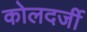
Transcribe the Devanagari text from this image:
कोलदर्जी